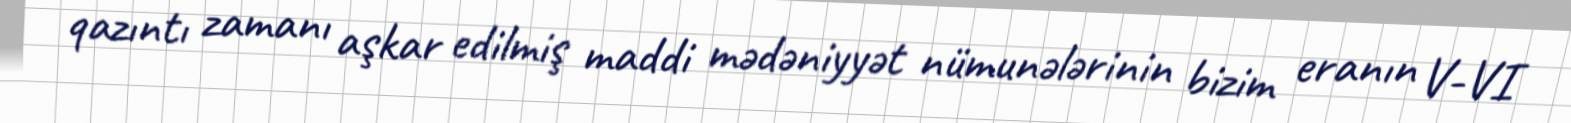
qazıntı zamanı aşkar edilmiş maddi mədəniyyət nümunələrinin bizim eranın V-VI